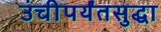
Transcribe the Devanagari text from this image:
उंचीपर्यंतसुद्धा